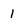
Character: 1